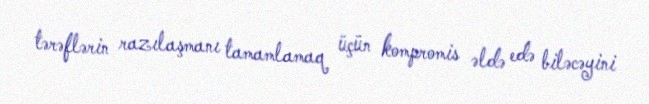
tərəflərin razılaşmanı tamamlamaq üçün kompromis əldə edə biləcəyini